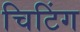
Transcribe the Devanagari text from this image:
चिटिंग